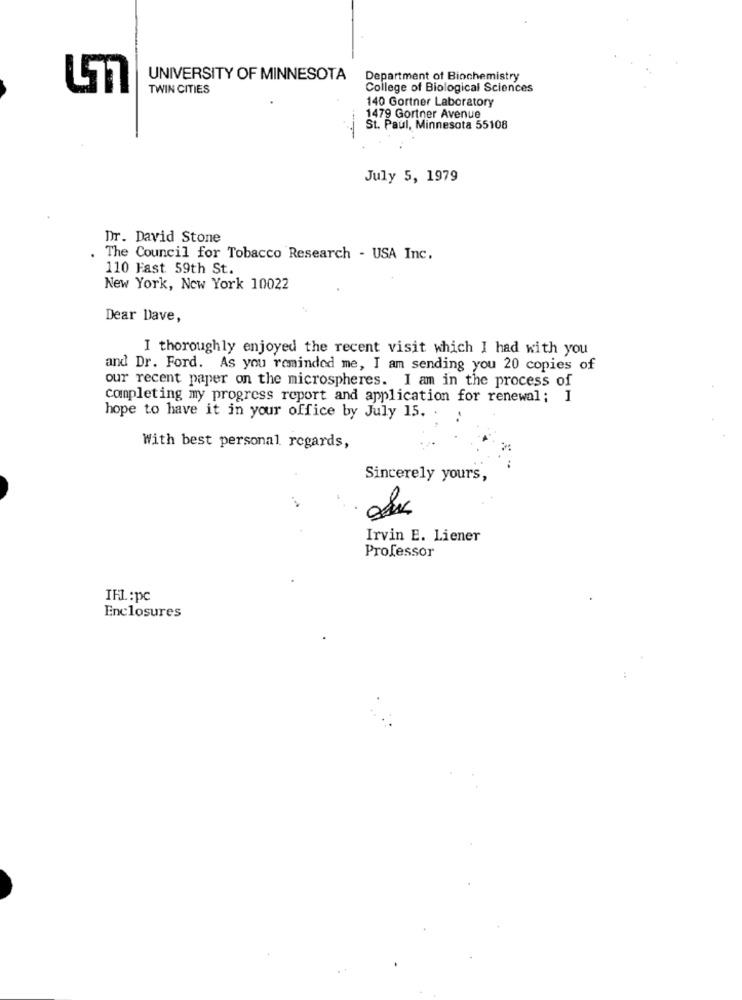
UNIVERSITY OF MINNESOTA
Department of Biochemistry
TWIN CITIES
College of Biological Sciences
140 Gortner Laboratory
1479 Gortner Avenue
St. Paul, Minnesota 55108
July 5, 1979
Dr. David Stone
The Council for Tobacco Research - USA Inc.
110 Fast 59th St.
New York, New York 10022
Dear Dave,
I thoroughly enjoyed the recent visit which I had with you
and Dr. Ford. As you reminded me, I am sending you 20 copies of
our recent paper on the microspheres. I am in the process of
completing my progress report and application for renewal; I
hope to have it in your office by July 15. .
..
With best personal regards,
Sincerely yours,
Irvin E. Liener
Professor
IFL:pc
Enclosures